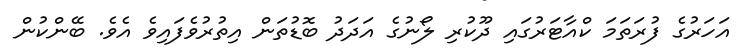
އަހަރުގެ ފުރަތަމަ ކްއާޓަރުގައި ދޫކުރި ލޯނުގެ އަދަދު ބޮޑުތަން އިތުރުވެފައިވެ އެވެ. ބޭންކުން